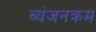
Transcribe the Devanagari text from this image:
व्यंजनक्रम